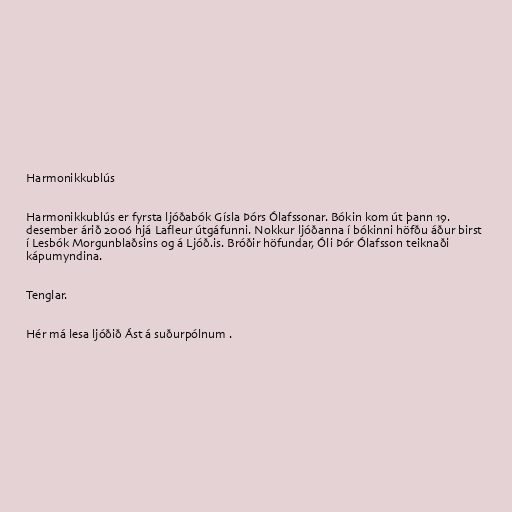
Harmonikkublús

Harmonikkublús er fyrsta ljóðabók Gísla Þórs Ólafssonar. Bókin kom út þann 19.
desember árið 2006 hjá Lafleur útgáfunni. Nokkur ljóðanna í bókinni höfðu áður birst
í Lesbók Morgunblaðsins og á Ljóð.is. Bróðir höfundar, Óli Þór Ólafsson teiknaði
kápumyndina.

Tenglar.

Hér má lesa ljóðið Ást á suðurpólnum .